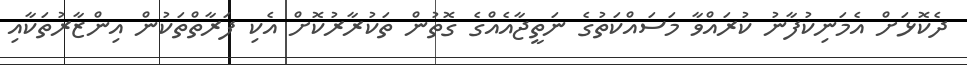
ދެކޮޅަށް އެމަނިކުފާނު ކުރައްވާ މަސައްކަތުގެ ނަތީޖާއެއްގެ ގޮތުން ތަކުރާރުކޮށް އެކި ފަރާތްތަކުން އިންޒާރުތަކާއި